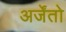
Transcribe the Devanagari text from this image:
अर्जेंतो